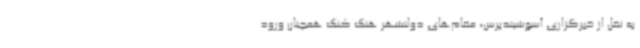
به نقل از خبرگزاری آسوشیتدپرس، مقام‌های دولتشهر هنگ کنگ همچنان ورود